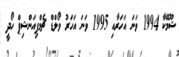
ޝޫމޭކާ 1994 ވަނަ އަހަރާއި 1995 ވަނަ އަހަރު ވޯލްޑް ޗެމްޕިއަންޝިޕް ހޯދީ